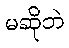
မဆိုဘဲ